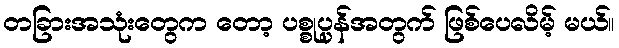
တခြားအသုံးတွေက တော့ ပစ္စုပ္ပန်အတွက် ဖြစ်ပေလိမ့် မယ်။